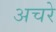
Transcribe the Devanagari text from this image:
अचरे